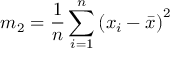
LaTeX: m _ { 2 } = { \frac { 1 } { n } } \sum _ { i = 1 } ^ { n } { ( x _ { i } - { \bar { x } } ) } ^ { 2 }